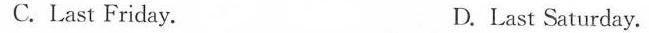
C.Last Friday. D.Last Saturday.